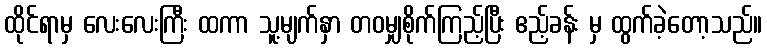
ထိုင်ရာမှ လေးလေးကြီး ထကာ သူ့မျက်နှာ တဝမျှစိုက်ကြည့်ပြီး ဧည့်ခန်း မှ ထွက်ခဲ့တော့သည်။